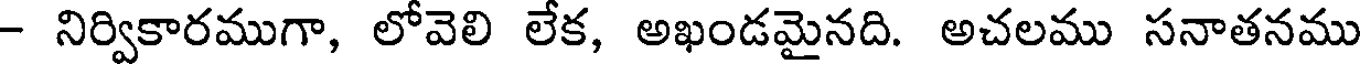
- నిర్వికారముగా, లోవెలి లేక, అఖండమైనది. అచలము సనాతనము